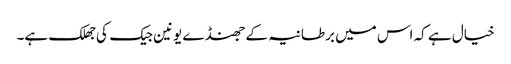
خیال ہے کہ اس میں برطانیہ کے جھنڈے یونین جیک کی جھلک ہے۔